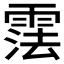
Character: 𬰂